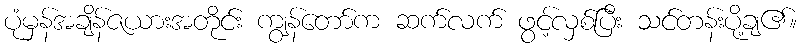
ပုံမှန်အချိန်ဇယားအတိုင်း ကျွန်တော်က ဆက်လက် ဖွင့်လှစ်ပြီး သင်တန်းပို့ချ၏။